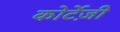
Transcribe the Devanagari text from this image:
कोर्टेज़ी